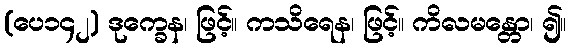
(ပေ၁၄၂) ဒုက္ခေန၊ ဖြင့်။ ကသိရေန၊ ဖြင့်။ ကိလမန္တော၊ ၍။